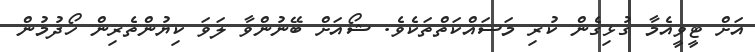
އަށް ޓީވީއެމާ ގުޅިގެން ކުރި މަސައްކަތްތަކެވެ. ޝޯއަށް ބޭނުންވާ ލަވަ ކިޔުންތެރިން ހޯދުމުން